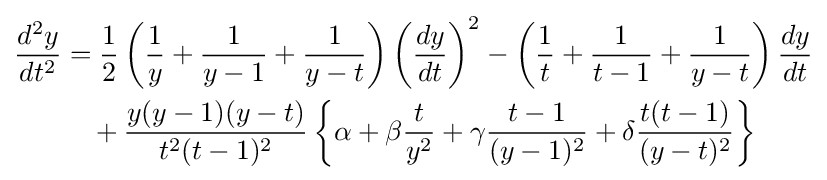
{\begin{aligned}{\frac {d^{2}y}{dt^{2}}}&={\frac {1}{2}}\left({\frac {1}{y}}+{\frac {1}{y-1}}+{\frac {1}{y-t}}\right)\left({\frac {dy}{dt}}\right)^{2}-\left({\frac {1}{t}}+{\frac {1}{t-1}}+{\frac {1}{y-t}}\right){\frac {dy}{dt}}\\&\quad +{\frac {y(y-1)(y-t)}{t^{2}(t-1)^{2}}}\left\{\alpha +\beta {\frac {t}{y^{2}}}+\gamma {\frac {t-1}{(y-1)^{2}}}+\delta {\frac {t(t-1)}{(y-t)^{2}}}\right\}\\\end{aligned}}